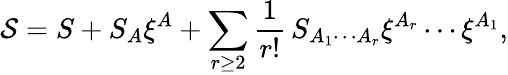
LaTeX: {\cal S}=S+S_{A}\xi^{A}+\sum_{r\geq 2}\frac 1{r!}\, S_{A_{1}\cdots A_{r}}\xi^{A_{r}}\cdots\xi^{A_{1}},